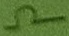
Text: Ω